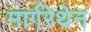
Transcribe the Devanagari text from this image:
मार्गरेथेन